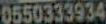
0550333934